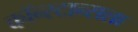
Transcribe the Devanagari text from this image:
कॉन्स्टान्सला